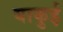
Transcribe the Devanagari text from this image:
याकुई